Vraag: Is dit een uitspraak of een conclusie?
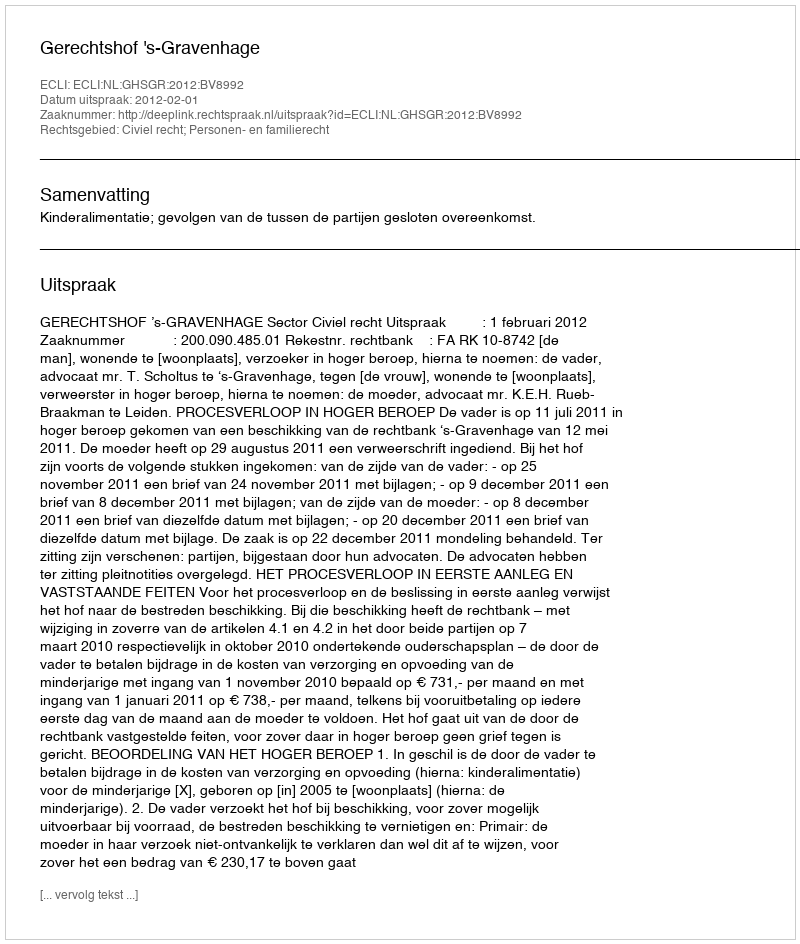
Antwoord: Uitspraak